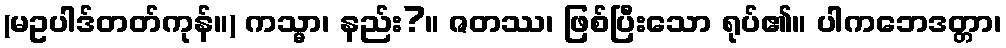
(မဥပါဒ်တတ်ကုန်။) ကသ္မာ၊ နည်း?။ ဇတဿ၊ ဖြစ်ပြီးသော ရုပ်၏။ ပါကဘေဒတ္တာ၊